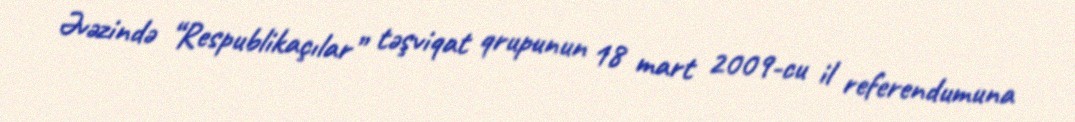
Əvəzində “Respublikaçılar” təşviqat qrupunun 18 mart 2009-cu il referendumuna